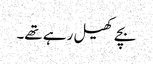
بچے کھیل رہے تھے۔